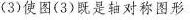
(3)使图(3)既是轴对称图形